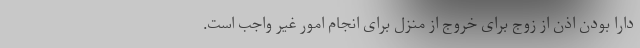
دارا بودن اذن از زوج برای خروج از منزل برای انجام امور غیر واجب است.